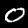
Label: 0